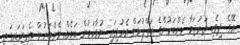
އޭގެ ދިވެހި ތަރުޖަމާ މެންބަރުންގެ އަތްޕުޅަށް އެރުވިފައި ނުވާކަމުން ބައެއް މެންބަރުން އެދިވަޑައިގަތީ